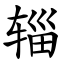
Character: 辎